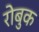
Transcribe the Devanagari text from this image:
रोबुक